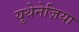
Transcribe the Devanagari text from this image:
यूथेनेज़िया